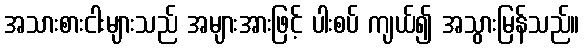
အသားစားငါးများသည် အများအားဖြင့် ပါးစပ် ကျယ်၍ အသွားမြန်သည်။